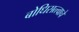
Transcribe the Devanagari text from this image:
बोधिसत्त्वाचे